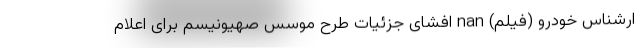
ارشناس خودرو (فیلم) nan افشای جزئیات طرح موسس صهیونیسم برای اعلام